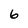
Character: 6